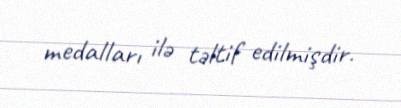
medalları ilə təltif edilmişdir.